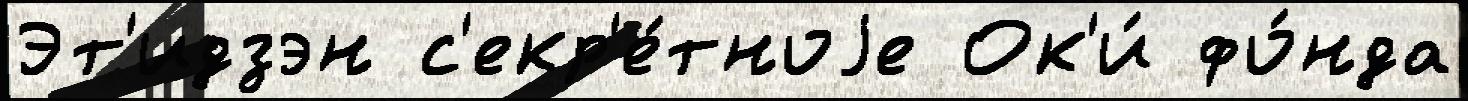
Эт'идзэн с'екр'е́тноjе Ок'и́ фо́нда